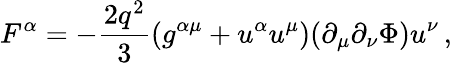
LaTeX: F^{\alpha}=-\frac{2q^{2}}3(g^{\alpha\mu}+u^{\alpha}u^{\mu})(\partial_{\mu}\partial_{\nu}\Phi)u^{\nu}\, ,